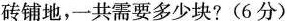
砖铺地，一共需要多少块?(6分)